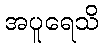
အပူရေသိ